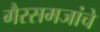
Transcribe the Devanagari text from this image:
गैरसमजांचे